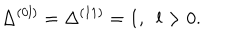
\Delta ^ { ( 0 l ) } = \Delta ^ { ( 1 1 ) } = 1 , ~ ~ l > 0 .